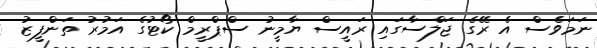
ނަމަވެސް އެ ރޭގެ ޖަލްސާގައި ރައީސް ޔާމީނު ސްޕްރީމް ކޯޓުގެ އަމުރު ތަންފީޒު